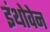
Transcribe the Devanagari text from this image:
इंथोवेन